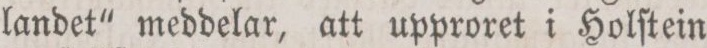
landet“ meddelar, att upproret i Holſtein